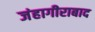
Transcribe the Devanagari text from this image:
जंहागीराबाद